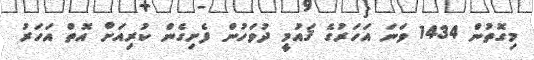
މިގޮތުން 1434 ވަނަ އަހަރުގެ ޤައުމީ ދުވަހުން ފެށިގެން ކުރިއަށް އޮތް އަހަރު